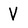
Character: V